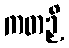
ကတဉှိ